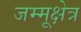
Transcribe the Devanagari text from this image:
जम्मूक्षेत्र